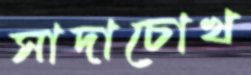
সাদাচোখ